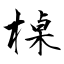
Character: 槕